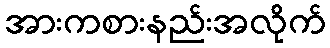
အားကစားနည်းအလိုက်